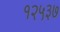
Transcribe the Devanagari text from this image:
१२५३७